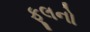
ફૂલનો